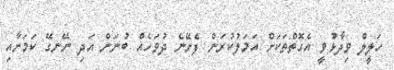
ހަލީލް ވިދާޅުވީ އެގޮތްތަކަށް އަމަލުކުރަން ފެށޭނެ ދުވަހެއް ބުނަން އަދި ނޭނގޭ ކަމަށާއި